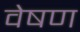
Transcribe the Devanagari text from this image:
वेषण